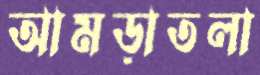
আমড়াতলা